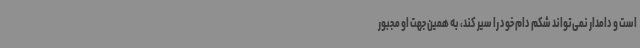
است و دامدار نمی‌تواند شکم دام خود را سیر کند، به همین جهت او مجبور